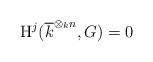
LaTeX: \begin{align*}{\rm{H}}^j(\overline{k}^{\otimes_k n}, G) = 0\end{align*}